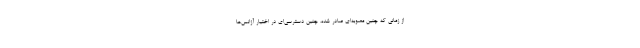
از زمانی که چنین مصوبه‌ای صادر شده، چنین دسترسی‌ای در اختیار آژانس‌ها